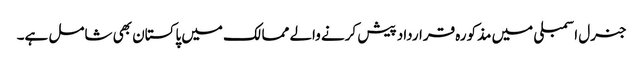
جنرل اسمبلی میں مذکورہ قرارداد پیش کرنے والے ممالک میں پاکستان بھی شامل ہے۔